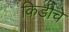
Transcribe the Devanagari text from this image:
किडीचे